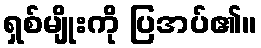
ရှစ်မျိုးကို ပြအပ်၏။